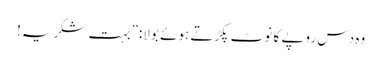
وہ دس روپے کا نوٹ پکڑتے ہوئے بولا:”بہت شکریہ!